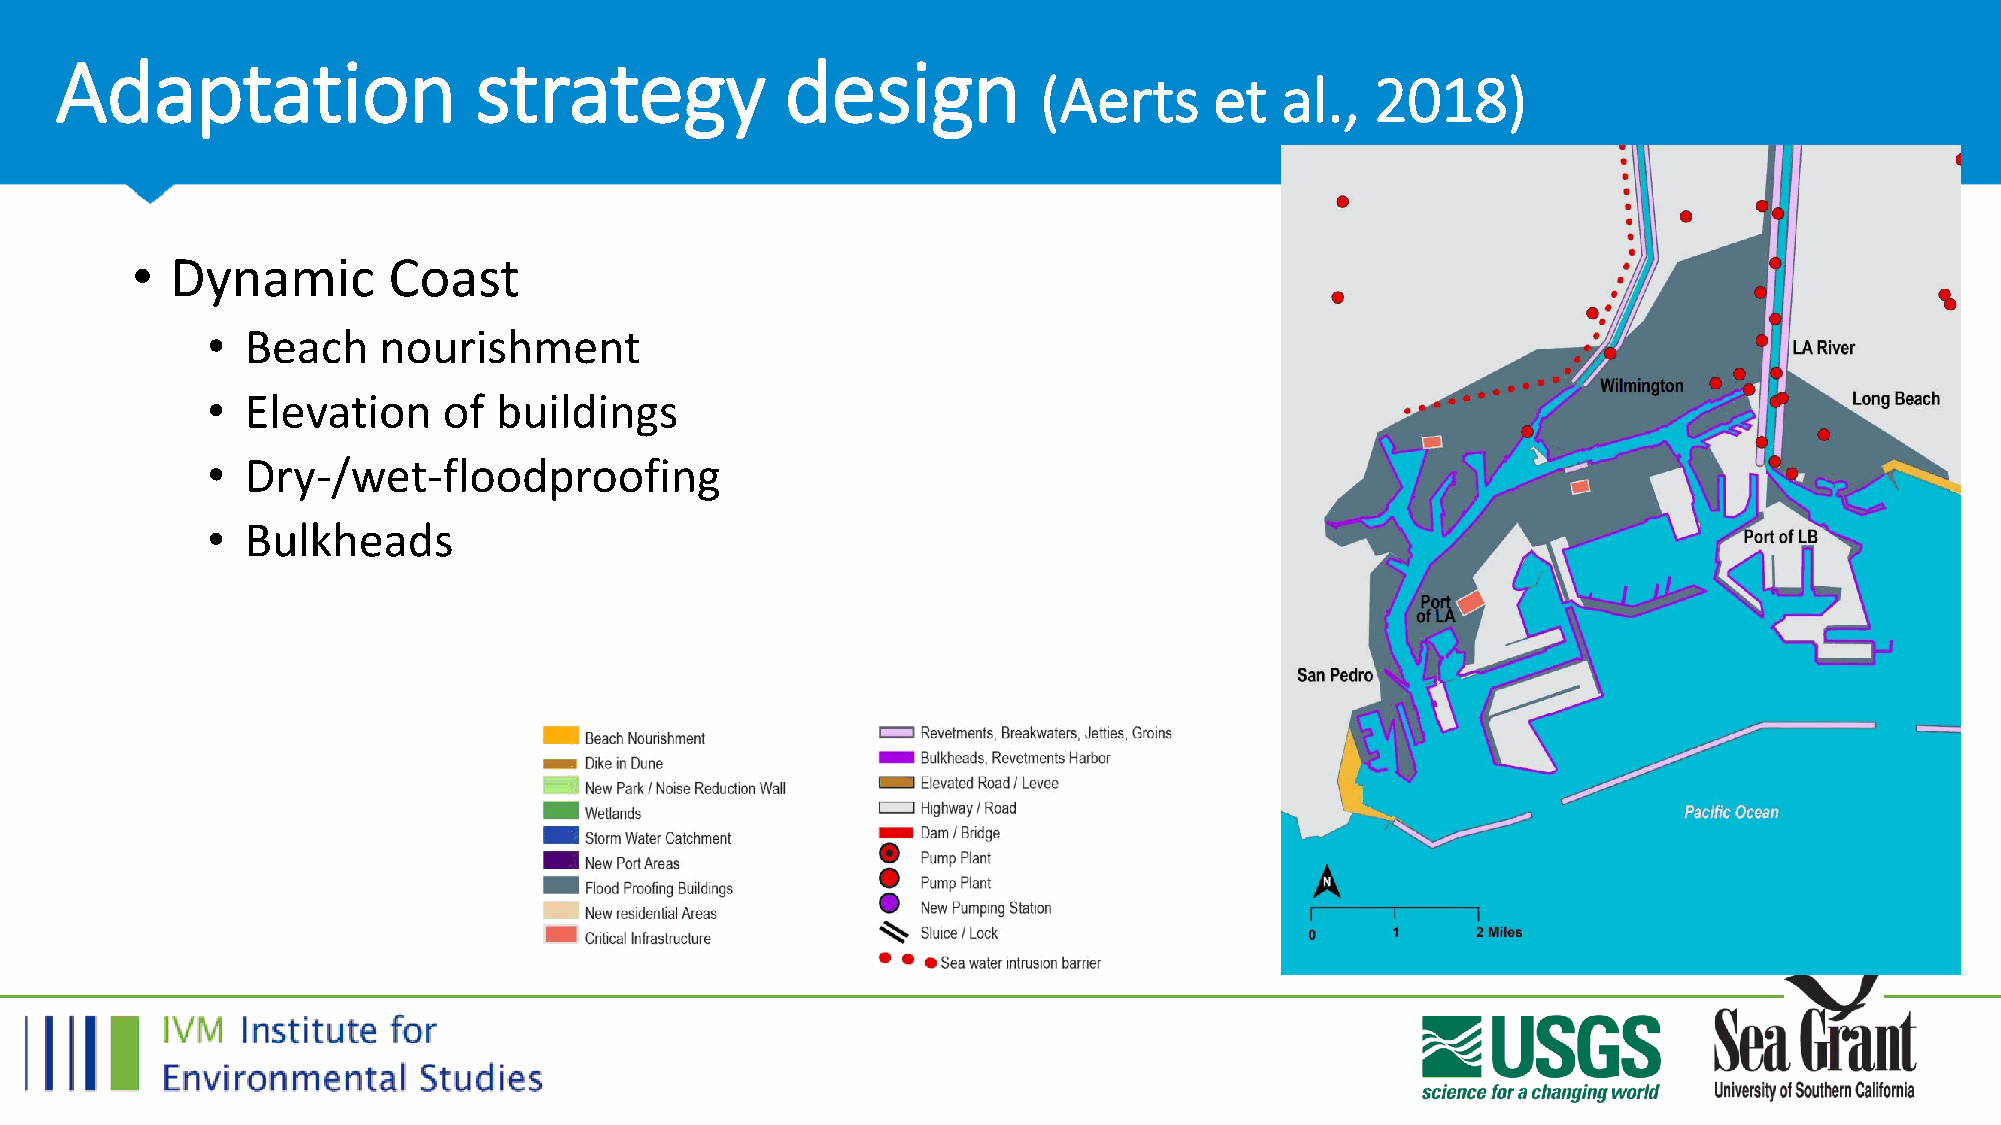
Adaptation                 strategy             design
 (Aerts     et   al.,  2018)
 • Dynamic        Coast
 • Beach    nourishment
 • Elevation    of  buildings
 • Dry-/wet-floodproofing
 • Bulkheads